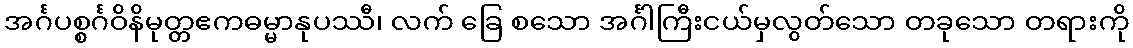
အင်္ဂပစ္စင်္ဂဝိနိမုတ္တဧကဓမ္မာနုပဿီ၊ လက် ခြေ စသော အင်္ဂါကြီးငယ်မှလွတ်သော တခုသော တရားကို